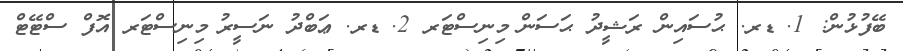
ބޭފުޅުން: 1.	ޑރ. ޙުސައިން ރަޝީދު ޙަސަން	މިނިސްޓަރ 2.	ޑރ. ޢަބްދު ނަސީރު	މިނިސްޓަރ އޮފް ސްޓޭޓް